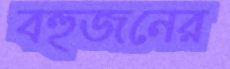
বহুজনের